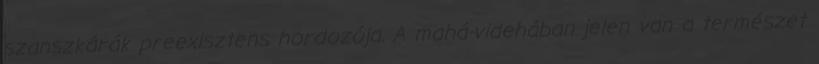
szanszkárák preexisztens hordozója. A mahá-videhában jelen van a természet